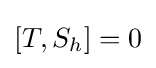
[T,S_{h}]=0